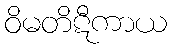
ဝိမတိဋီကာယ